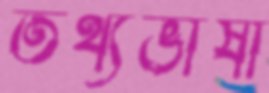
তথ্যভাষী